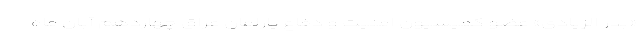
«بدر الزیادی» عضو کمیسیون امنیت و دفاع پارلمان عراق چهاردهم آبان ماه